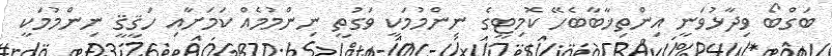
ބަގްބޯ ވިދާޅުވަނީ އިންތިޚާބާބެހޭ ކޮމިޓީގެ ނިންމުމަކީ ވަގުތީ ނިންމުމެއް ކަމަށާއި ހަޤީޤީ ނިންމުމަކީ